system: You are a helpful assistant.
user:
Analyze the provided spectrum to determine if it is a **S-type Star**.

- **Key Indicators for S-type Star:**

    - **(Overall Spectrum Shape):** The first and most obvious characteristic is the overall continuum (the "baseline" shape). It is **extremely "red-sloping,"** meaning the flux (light intensity) is very low on the left side (blue, ~4000-4500 Å) and rises steeply and continuously toward the right side (red, ~7000 Å+).

    - **(Primary):** The spectrum is defined by the presence of strong, broad molecular absorption "valleys" (bands) from **Zirconium Oxide (ZrO)**. The identification of these bands is the **primary requirement** for classifying a star as S-type.
        - **(Key Bandheads):** You must find distinct, deep "dips" where the light has been absorbed. The most critical band systems to locate are:
            - **~6474 Å** ($\gamma$-system): This is often the strongest and clearest ZrO feature, found in the red part of the spectrum.
            - **~5718 Å** & **~5551 Å** ($\beta$-system): A pair of prominent absorption features in the yellow-orange part of the spectrum.
            - **~4640 Å** ($\alpha$-system): A key absorption band system in the blue-green region of the spectrum.

    - **(Secondary Confirmation):** The classification is strengthened by finding additional absorption bands from other related heavy element oxides, which are expected to be present alongside ZrO.
        - **(Key Bandheads):**
            - **Yttrium Oxide (YO):** Look for absorption dips near **~4800 Å** and **~6100 Å**.
            - **Lanthanum Oxide (LaO):** Additional absorption features, particularly in the red-orange part of the spectrum, are also characteristic.

    - **(Line Profile):** The combination of the steep red continuum and these numerous, deep molecular bands (ZrO, YO, etc.) gives the entire spectrum a very **"chopped-up"** or **"bumpy"** appearance. Instead of a smooth curve, the spectrum looks as though large, wide chunks of light have been "carved out" of it at the specific wavelengths listed above.

Think first, call **spectral_visualization_tool** if needed to examine features in detail, then provide your final answer. Your response must adhere to the following strict rules:
1.  **Overall Structure:** Your response must follow the format `<think>...</think> <tool_call>...</tool_call> (if a tool is used) <answer>...</answer>`.
2.  **Tool Usage Constraint:** You may only make **one** tool call per turn.
3.  **Final Answer Format:** In the `<answer>` tag, your conclusion must be inside a `\boxed{}` command (e.g., `\boxed{YES}` or `\boxed{NO}`), followed by your justification.

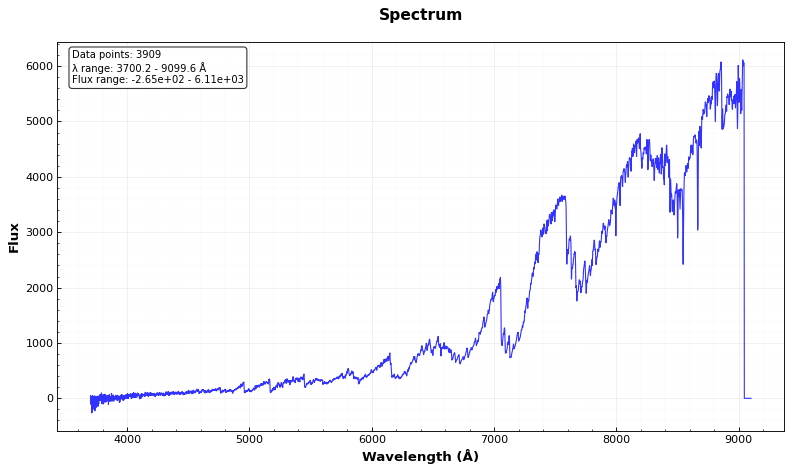
Answer: YES